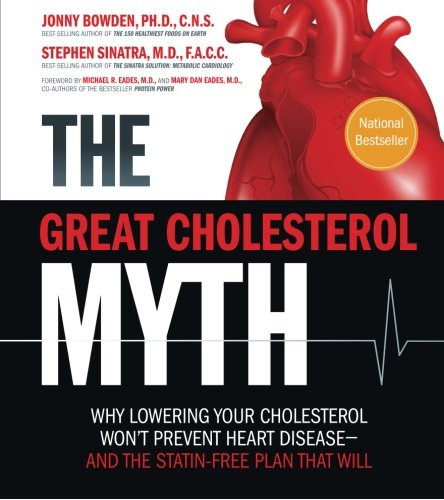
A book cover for The Great Cholesterol Myth: Why Lowering Your Cholesterol Won't Prevent Heart Disease-and the Statin-Free Plan That Will; Jonny Bowden; Health, Fitness & Dieting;